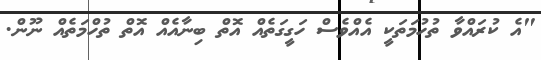
"އެ ކުރައްވާ ތުހުމަތަކީ އެއްވެސް ހަގީގަތެއް އޮތް ބިނާއެއް އޮތް ތުހްމަތެއް ނޫން.